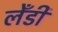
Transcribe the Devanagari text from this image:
लेँडी